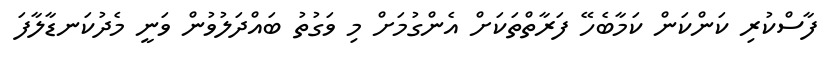
ފާސްކުރި ކަންކަން ކަމާބެހޭ ފަރާތްތަކަށް އެންގުމަށް މި ވަގުތު ބައްދަލުވުން ވަނީ މެދުކަނޑާލާފަ